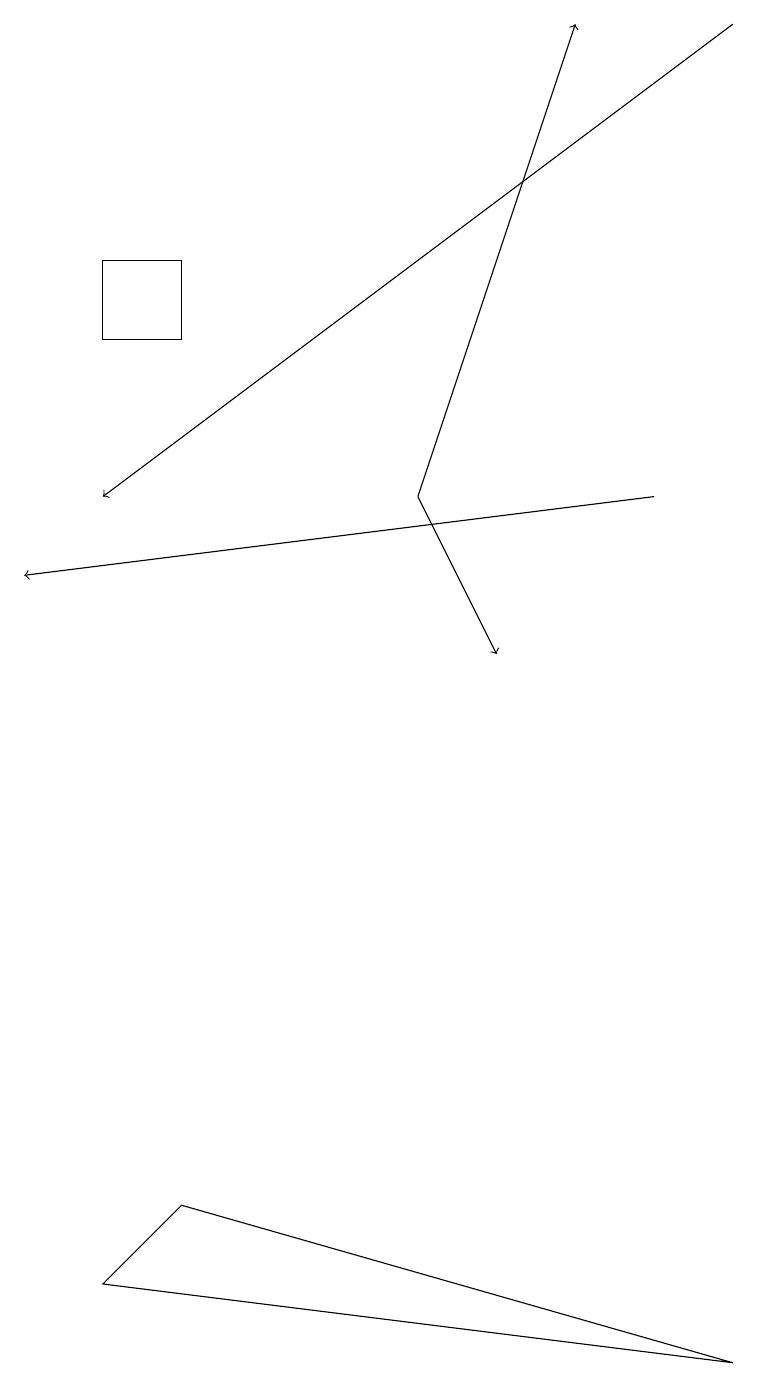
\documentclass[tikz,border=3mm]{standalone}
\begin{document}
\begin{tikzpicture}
\draw[->] (5,12) -- (7,18);
\draw[->] (9,18) -- (1,12);
\draw (2,3) -- (1,2) -- (9,1) -- cycle;
\draw[->] (8,12) -- (0,11);
\draw (1,15) rectangle (2,14);
\draw[->] (5,12) -- (6,10);
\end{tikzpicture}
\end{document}